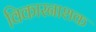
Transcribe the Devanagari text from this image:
विकारनाशक